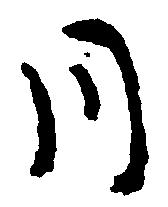
同